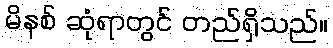
မိနစ် ဆုံရာတွင် တည်ရှိသည်။